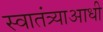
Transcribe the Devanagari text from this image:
स्वातंत्र्याआधी